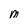
Character: m